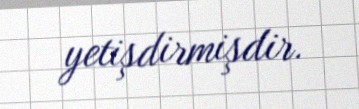
yetişdirmişdir.